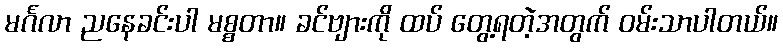
မင်္ဂလာ ညနေခင်းပါ မစ္စတာ။ ခင်ဗျားကို ထပ် တွေ့ရတဲ့အတွက် ဝမ်းသာပါတယ်။